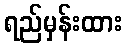
ရည်မှန်းထား